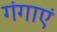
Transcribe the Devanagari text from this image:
गंगाएं